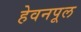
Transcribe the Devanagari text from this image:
हेवनपूल